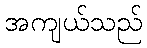
အကျယ်သည်